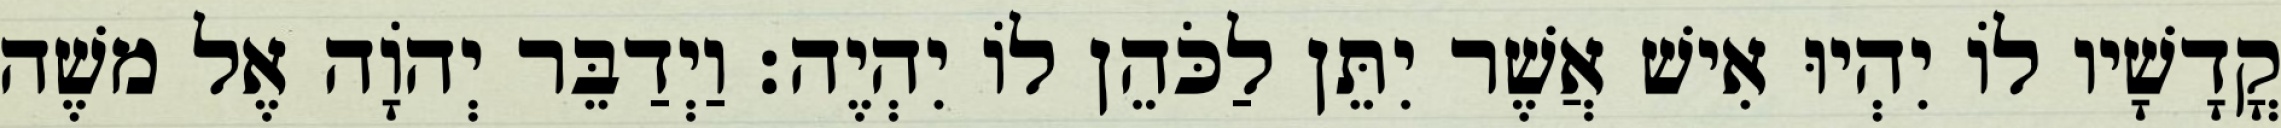
קֳדָשָׁיו לוֹ יִהְיוּ אִישׁ אֲשֶׁר יִתֵּן לַכֹּהֵן לוֹ יִהְיֶה׃ וַיְדַבֵּר יְהוָֹה אֶל משֶׁה